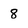
Character: 8